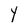
Character: Y